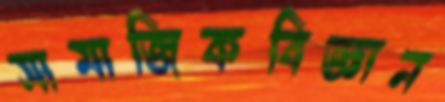
সামাজিকবিজ্ঞান